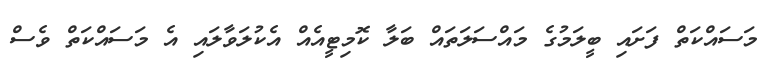
މަސައްކަތް ފަށައި ބީލަމުގެ މައްސަލަތައް ބަލާ ކޮމިޓީއެއް އެކުލަވާލައި އެ މަސައްކަތް ވެސް